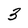
Character: 3